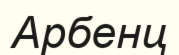
Арбенц